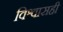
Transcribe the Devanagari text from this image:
विश्वासही